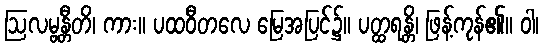
ဩလမ္ဗန္တီတိ၊ ကား။ ပထဝီတလေ မြေအပြင်၌။ ပတ္ထရန္တိ၊ ဖြန့်ကုန်၏။ ဝါ၊